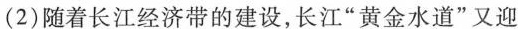
(2)随着长江经济带的建设，长江”黄金水道”又迎